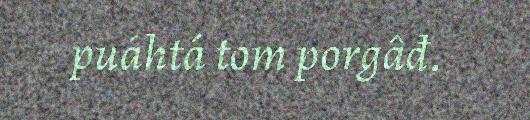
puáhtá tom porgâđ.